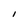
Character: I